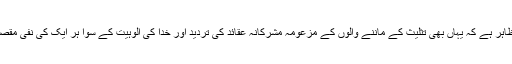
صاف ظاہر ہے کہ یہاں بھی تثلیث کے ماننے والوں کے مزعومہ مشرکانہ عقائد کی تردید اور خدا کی الُوہیت کے سوا ہر ایک کی نفی مقصود ہے۔